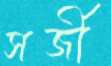
সর্জী